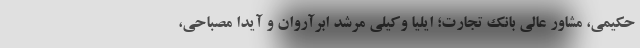
حکیمی، مشاور عالی بانک تجارت؛ ایلیا وکیلی مرشد ابرآروان و آیدا مصباحی،